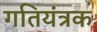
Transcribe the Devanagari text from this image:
गतियंत्रक